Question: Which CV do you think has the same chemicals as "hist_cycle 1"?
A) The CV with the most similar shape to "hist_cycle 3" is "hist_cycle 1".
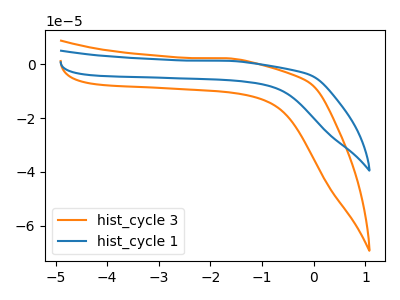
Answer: <think>The orange curve "hist_cycle 3" has no peaks. The blue curve "hist_cycle 1" has no peaks.
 Neither "hist_cycle 3" or "hist_cycle 1" have any peaks.</think>
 <answer>A) The CV with the most similar shape to "hist_cycle 3" is "hist_cycle 1".</answer>
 <eval>A</eval>